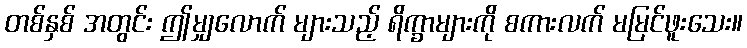
တစ်နှစ် အတွင်း ဤမျှလောက် များသည့် ရိက္ခာများကို စကားလက် မမြင်ဖူးသေး။